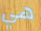
هي